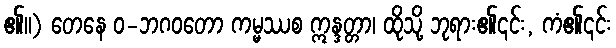
၏။) တေနေ ဝ-ဘဂဝတော ကမ္မဿစ ဣန္ဒတ္တာ၊ ထိုသို့ ဘုရား၏၎င်း, ကံ၏၎င်း